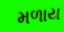
મળાય